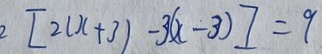
[ 2 ( x + 3 ) - 3 ( x - 3 ) ] = 9